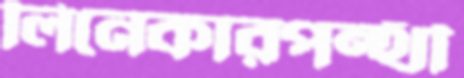
লিনেকারপন্থী